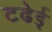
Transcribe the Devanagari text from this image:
टढेई